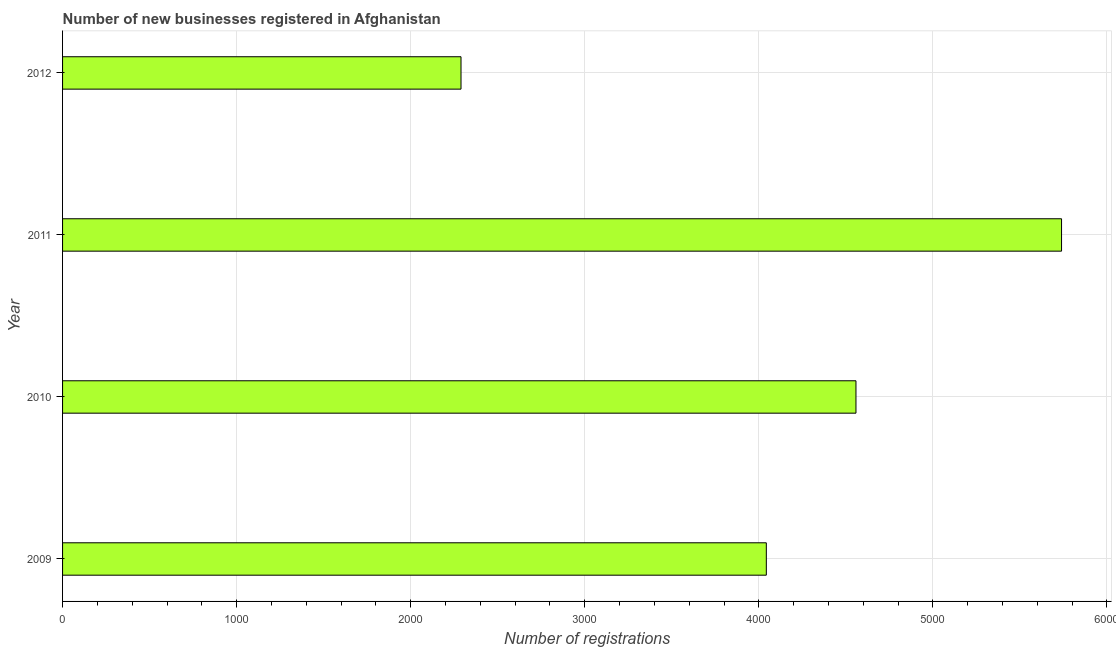
| Year | New businesses |
 | --- | --- |
 | 2009 | 4.04e+03 |
 | 2010 | 4.56e+03 |
 | 2011 | 5.74e+03 |
 | 2012 | 2.29e+03 |